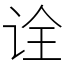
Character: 诠